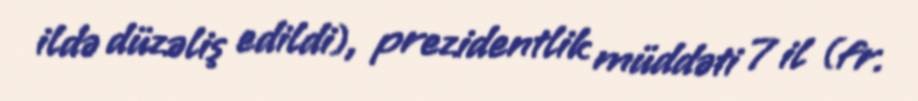
ildə düzəliş edildi), prezidentlik müddəti 7 il (fr.